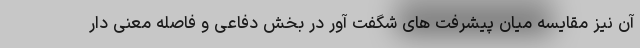
آن نیز مقایسه میان پیشرفت های شگفت آور در بخش دفاعی و فاصله معنی دار